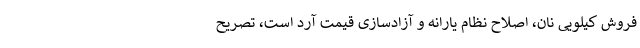
فروش کیلویی نان، اصلاح نظام یارانه و آزادسازی قیمت آرد است، تصریح